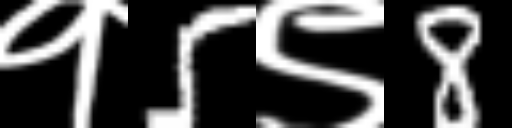
Text: १5९8